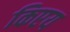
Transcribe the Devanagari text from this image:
किएय